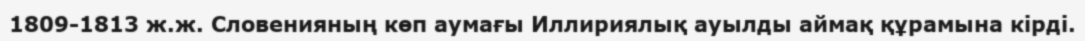
1809-1813 ж.ж. Словенияның көп аумағы Иллириялық ауылды аймақ құрамына кірді.